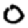
Digit: 0